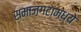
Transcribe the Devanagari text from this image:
समाजगटांमध्ये